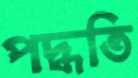
পদ্ধতি